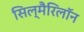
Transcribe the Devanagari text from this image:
सिल्मैरिलॉन